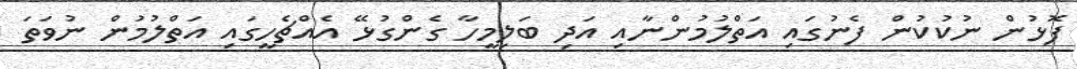
ފޮޅުން ނުކުކުން ފެނުގައި އަތްލުމުންނާއި އަދި ބަލިމީހާ ގެންގުޅޭ އެއްޗެހީގައި އަތްލުމުން ނުވަތަ